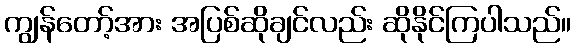
ကျွန်တော့်အား အပြစ်ဆိုချင်လည်း ဆိုနိုင်ကြပါသည်။